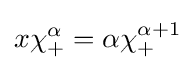
x\chi _{+}^{\alpha }=\alpha \chi _{+}^{\alpha +1}